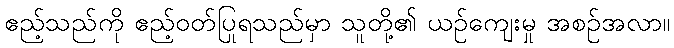
ဧည့်သည်ကို ဧည့်ဝတ်ပြုရသည်မှာ သူတို့၏ ယဉ်ကျေးမှု အစဉ်အလာ။